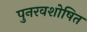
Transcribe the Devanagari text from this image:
पुनरवशोषित